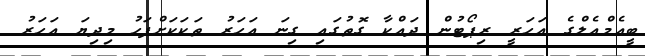
ބީއެމްއެލްގެ އަހަރީ ރިޕޯޓުން ދައްކާ ގޮތުގައި ގިނަ އަހަރު ތަކަކަށްފަހު މިދިޔަ އަހަރު